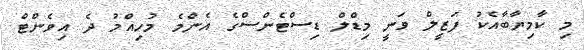
މި ކާމިޔާބާއެކު ފަޒީލް ވަނީ މިޑްލް ޑިސްޓެންސްގެ އެންމެ މުހިއްމު ދެ އިވެންޓް